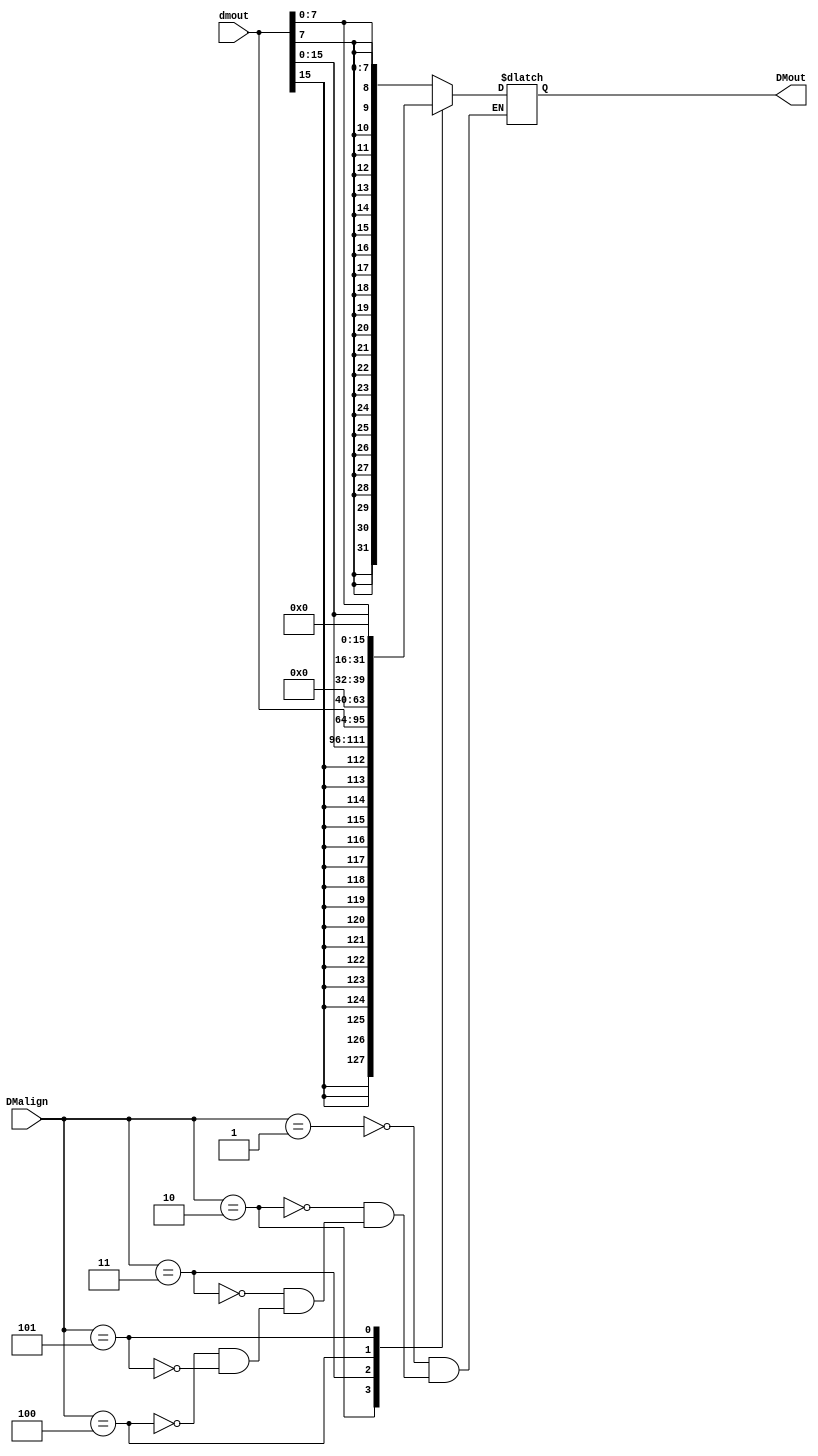
module RISCV_EXTDM(input [31:0] dmout,input [2:0] DMalign,output reg [31:0] DMout);

parameter DMalign_LB  =  3'b001,    
DMalign_LH  =  3'b010,
DMalign_LW  =  3'b011,
DMalign_LBU =  3'b100,   
DMalign_LHU =  3'b101;
 
always @(*) 
begin
case(DMalign)
DMalign_LB  : DMout = {{24{dmout[7]} },dmout[7:0]};
DMalign_LH  : DMout = {{16{dmout[15]}},dmout[15:0]};
DMalign_LW  : DMout = dmout;
DMalign_LBU : DMout = {24'b0,dmout[7:0]};
DMalign_LHU : DMout = {16'b0,dmout[15:0]};         
endcase
end
    
endmodule